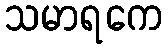
သမာရကေ